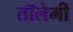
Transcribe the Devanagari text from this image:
तॉलेमी